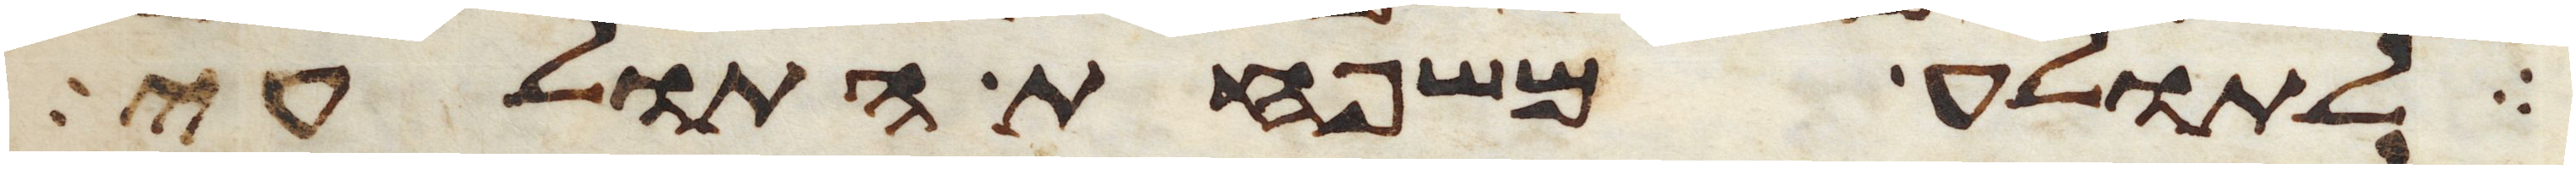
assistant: לתולע משפחת התולעי